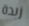
زبدة